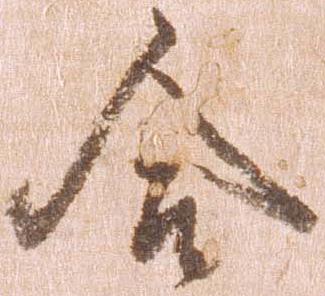
合